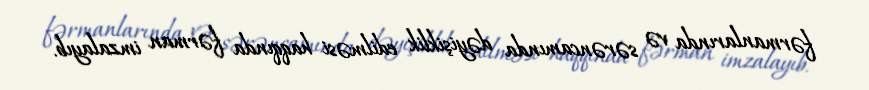
fərmanlarında və sərəncamında dəyişiklik edilməsi haqqında fərman imzalayıb.